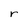
Character: r